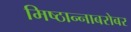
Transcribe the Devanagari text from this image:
मिष्ठान्नाबरोबर